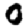
Digit: 0